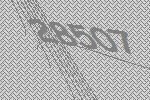
28507